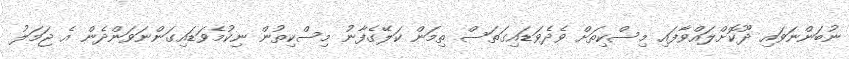
ނުބަންނަވައި ދޫކޮށްލައްވާފައި މިސްކިތަށް ވެދެވަޑައިގަތަސް ތިމަން ކަލޭގެފާނު މިސްކިތުން ނިކުމެވަޑައިގަންނަވަންދެން އެ ޖަމަލު